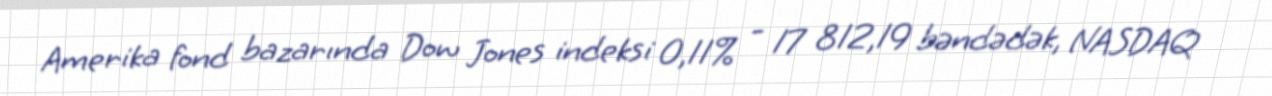
Amerika fond bazarında Dow Jones indeksi 0,11% - 17 812,19 bəndədək, NASDAQ